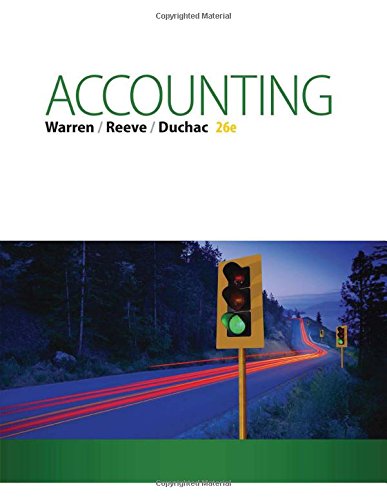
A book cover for Accounting (Text Only); Carl S. Warren; Business & Money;